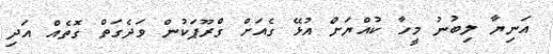
އަނިޔާ ލިބުނު މީހާ ކުއްޔަށް އުޅޭ ގެއަށް ގްރޫޕަކުން ވަދެގަތް ގޮތެއް އަދި